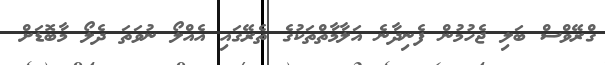
ގްރޭވްސް ބަލި ޖެހުމުން ފެނިދާނެ އަލާމާތްތަކުގެ ތެރޭގައި އެއްލޯ ނުވަތަ ދެލޯ މާބޮޑަށް